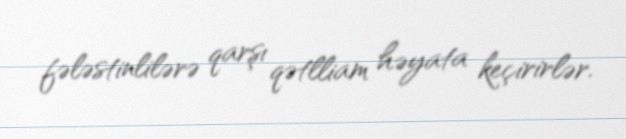
fələstinlilərə qarşı qətlliam həyata keçirirlər.